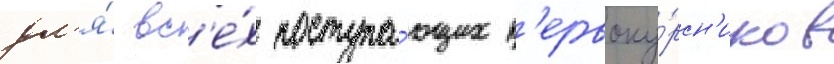
дл'я́ вс'е́х поступа́ющих п'ервоку́рсн'иков